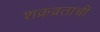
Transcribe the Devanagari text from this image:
शक्रव्रताची